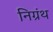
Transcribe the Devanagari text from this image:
निग्रंथ